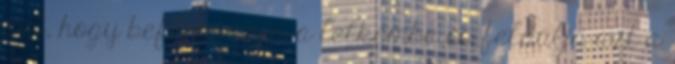
azt, hogy beférkőzzön a lelkembe és feldúlja azt a